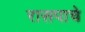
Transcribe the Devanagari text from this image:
रासपाचे